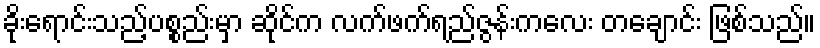
ခိုးရောင်းသည့်ပစ္စည်းမှာ ဆိုင်က လက်ဖက်ရည်ဇွန်းကလေး တချောင်း ဖြစ်သည်။